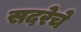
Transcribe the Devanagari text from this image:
सदरेचे